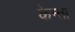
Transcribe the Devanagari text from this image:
केन्ता